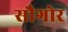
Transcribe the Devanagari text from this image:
सौगोर